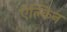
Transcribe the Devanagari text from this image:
ऐल्किन